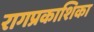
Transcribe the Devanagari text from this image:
रागप्रकाशिका